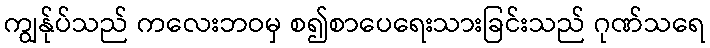
ကျွန်ုပ်သည် ကလေးဘဝမှ စ၍စာပေရေးသားခြင်းသည် ဂုဏ်သရေ